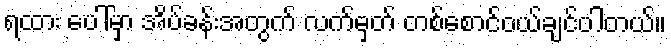
ရထား ပေါ်မှာ အိပ်ခန်းအတွက် လက်မှတ် တစ်စောင်ဝယ်ချင်ပါတယ်။